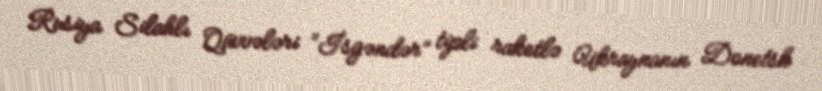
Rusiya Silahlı Qüvvələri “İsgəndər” tipli raketlə Ukraynanın Donetsk